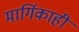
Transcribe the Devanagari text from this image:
मार्गिकाही